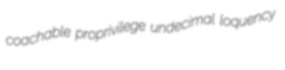
coachable proprivilege undecimal loquency